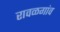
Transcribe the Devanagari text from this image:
रावळगांव